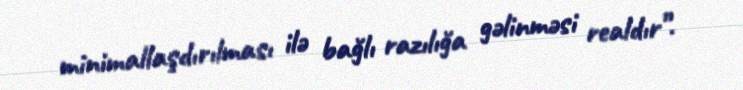
minimallaşdırılması ilə bağlı razılığa gəlinməsi realdır”.